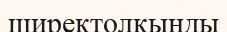
ширектолқынды